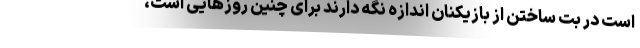
است در بت ساختن از بازیکنان اندازه نگه دارند برای چنین روزهایی است،